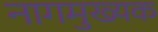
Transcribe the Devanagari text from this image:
नागमुख्यक